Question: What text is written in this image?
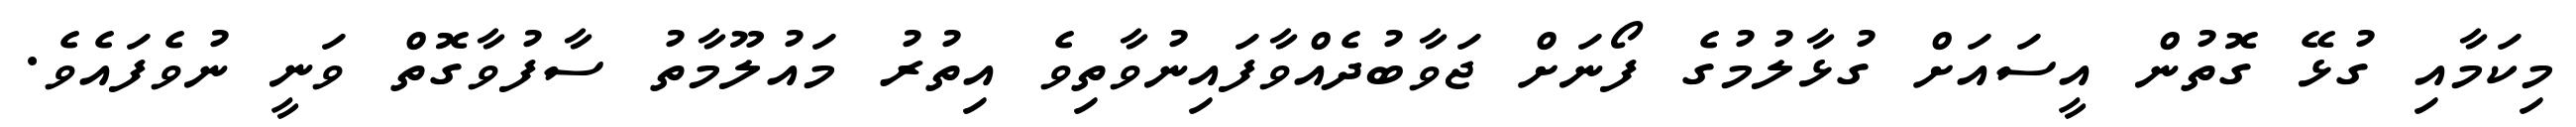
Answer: މިކަމާއި ގުޅޭ ގޮތުން އީސައަށް ގުޅާލުމުގެ ފޯނަށް ޖަވާބުދެއްވާފައިނުވާތިވެ އިތުރު މައުލޫމާތު ސާފުވާގޮތް ވަނީ ނުވެފައެވެ.